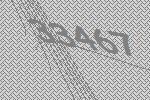
33467